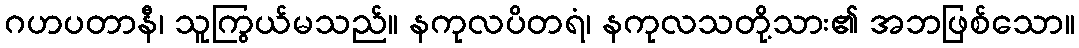
ဂဟပတာနီ၊ သူကြွယ်မသည်။ နကုလပိတရံ၊ နကုလသတို့သား၏ အဘဖြစ်သော။